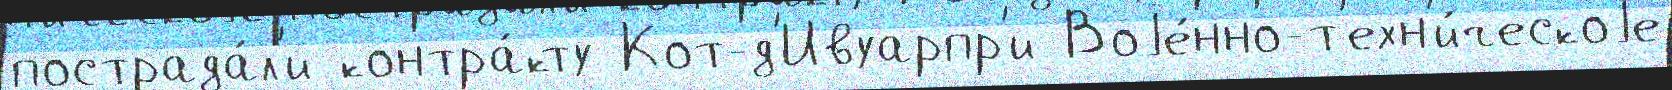
пострада́л'и контра́кту Кот-д'Ивуарпр'и Воjе́нно-т'ехн'и́ческоjе